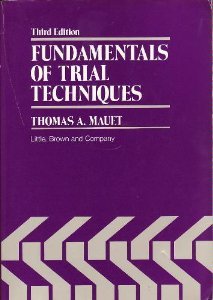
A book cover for Fundamentals of Trial Techniques; Thomas A. Mauet; Law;